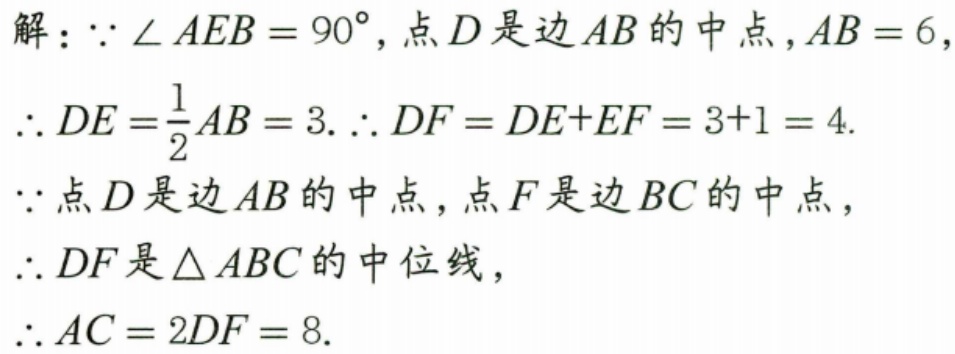
解：\(\because\angle AEB = 90^{\circ}\),点\(D\)是边\(AB\)的中点，\(AB = 6\),
\(\therefore DE=\frac{1}{2}AB = 3.\therefore DF = DE + EF = 3 + 1 = 4.\)
\(\because\)点\(D\)是边\(AB\)的中点，点\(F\)是边\(BC\)的中点，
\(\therefore DF\)是\(\triangle ABC\)的中位线，
\(\therefore AC = 2DF = 8.\)